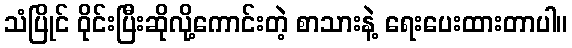
သံပြိုင် ဝိုင်းပြီးဆိုလို့ကောင်းတဲ့ စာသားနဲ့ ရေးပေးထားတာပါ။